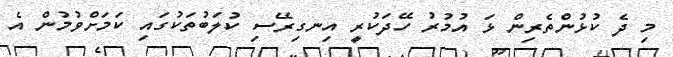
މި ދެ ކުޅުންތެރިން ޅަ އުމުރު ހޭދަކުރީ އިނގިރޭސި ކުލަބުތަކުގައި ކަމަށްވުމުން އެ